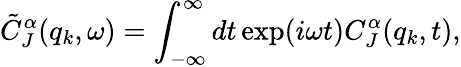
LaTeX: \tilde{C}_{J}^{\alpha}(q_{k},\omega)=\int_{-\infty}^{\infty}dt\exp(i\omega t)C_{J}^{\alpha}(q_{k},t),